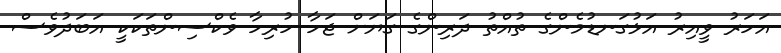
އަހަރު ވީއިރު އަޅުގަނޑުމެންގެ ތުއްތު ދަރިންގެ ގަޔަށް ޖަހާ ހުރިހާ ވެކްސިންތަކަކީ އަބަދުވެސް